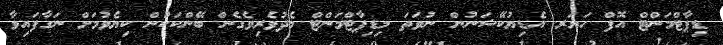
ޑިޕާޓްމަންޓް އޮފް ހަޔަރ އެޑިޔުކޭޝަނުން ނުވަތަ މިޑިޕާޓްމަންޓް މެދުވެރިވެގެން ބޭންކަކުން ކިޔެވުމަށް ނަގާފައިވާ